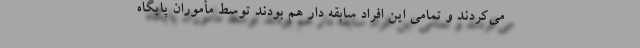
می‌کردند و تمامی این افراد سابقه دار هم بودند توسط مأموران پایگاه